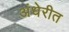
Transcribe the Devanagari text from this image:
अंधेरीत